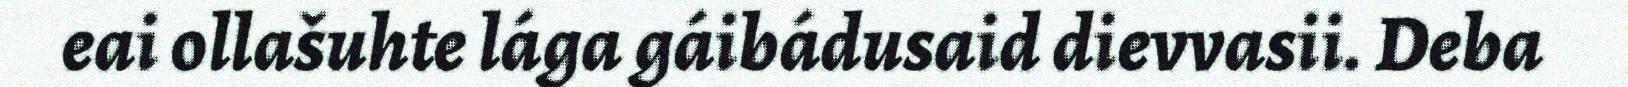
eai ollašuhte lága gáibádusaid dievvasii. Deba